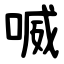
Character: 喴